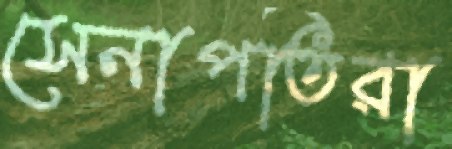
সেনাপতিরা